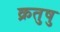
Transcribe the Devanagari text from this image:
क्रतुषु